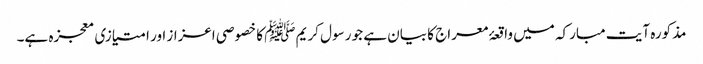
مذکورہ آیت مبارکہ میں واقعۂ معراج کا بیان ہے جو رسول کریم ﷺ کا خصوصی اعزاز اور امتیازی معجزہ ہے۔